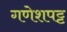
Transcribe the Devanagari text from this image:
गणेशपट्ट